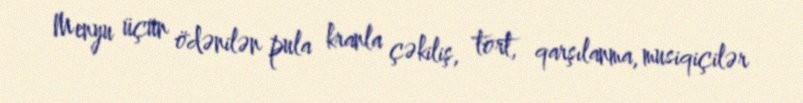
Menyu üçün ödənilən pula kranla çəkiliş, tort, qarşılanma, musiqiçilər